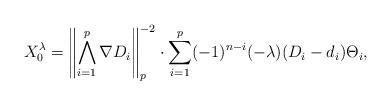
LaTeX: \begin{align*}X_{0}^{\lambda}=\left\| \bigwedge_{i=1}^{p} \nabla D_i\right\|_{p}^{-2}\cdot\sum_{i=1}^{p}(-1)^{n-i}(-\lambda)(D_i - d_i)\Theta_i, \end{align*}